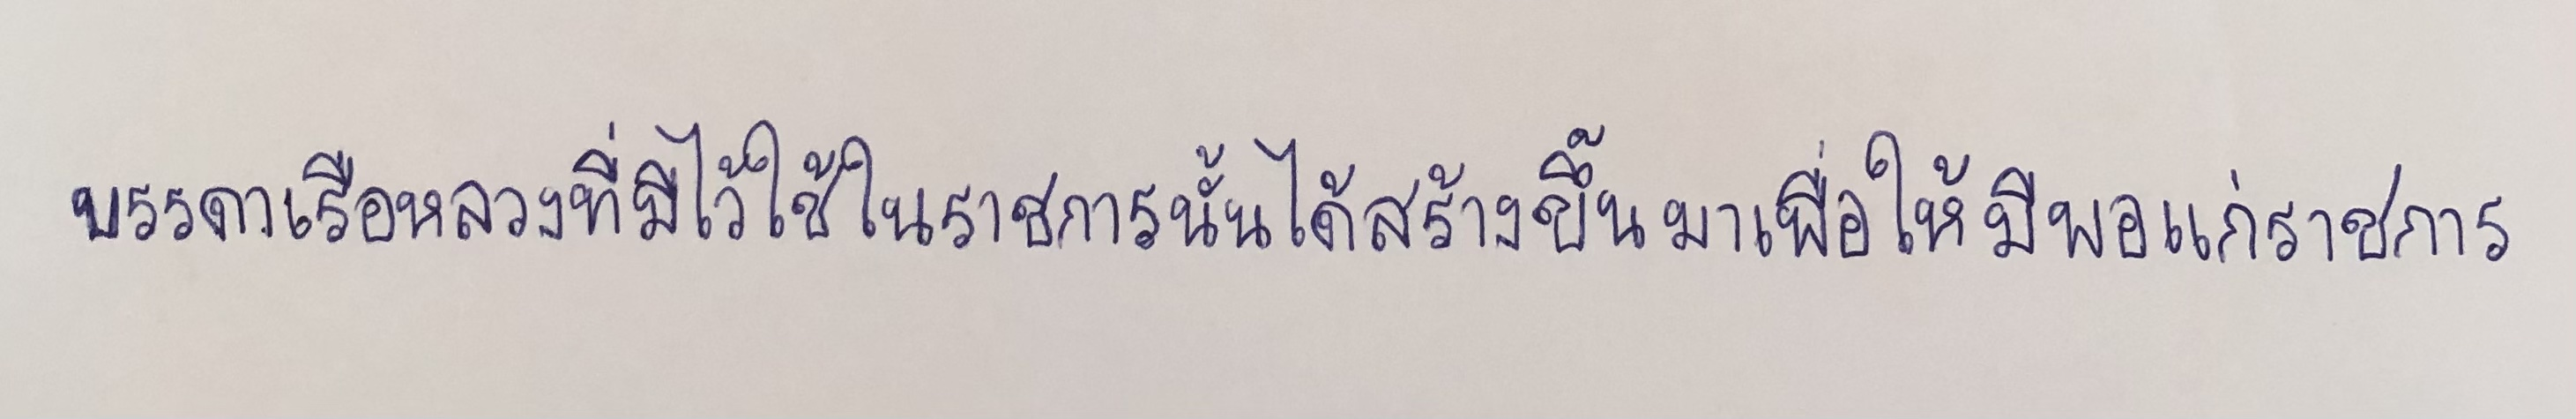
บรรดาเรือหลวงที่มีไว้ใช้ในราชการนั้นได้สร้างขึ้นมาเพื่อให้มีพอแก่ราชการ